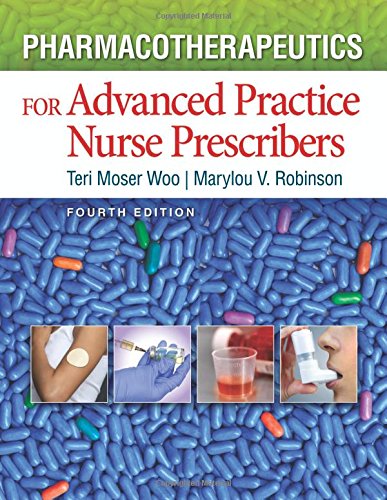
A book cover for Pharmacotherapeutics for Advanced Practice Nurse Prescribers; Teri Moser Woo PhD  RN  ARNP  CNL  CPNP  FAANP; Medical Books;